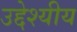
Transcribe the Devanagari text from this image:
उद्देश्यीय